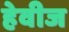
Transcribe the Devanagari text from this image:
हेवीज